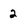
Character: 2